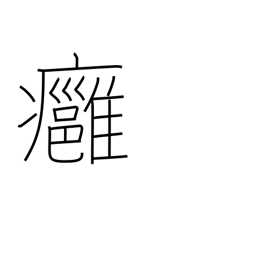
Meaning: boil